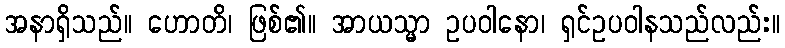
အနာရှိသည်။ ဟောတိ၊ ဖြစ်၏။ အာယသ္မာ ဥပဝါနော၊ ရှင်ဥပဝါနသည်လည်း။